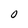
Character: O